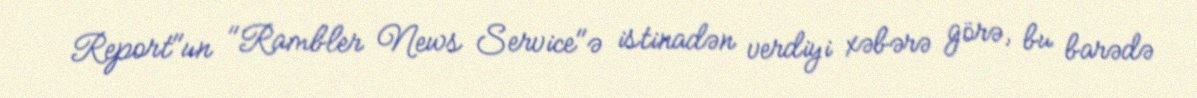
Report"un "Rambler News Service"ə istinadən verdiyi xəbərə görə, bu barədə